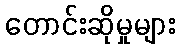
တောင်းဆိုမှုများ